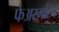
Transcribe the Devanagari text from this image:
फेअरमोंटने